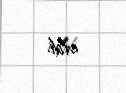
etdi.